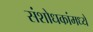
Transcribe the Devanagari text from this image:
संशोधकांमध्ये